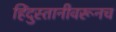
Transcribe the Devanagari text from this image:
हिंदुस्तानीवरूनच